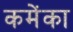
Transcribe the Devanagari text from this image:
कमेंका